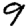
Digit: 9